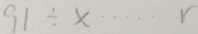
9 1 \div x \cdots r